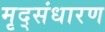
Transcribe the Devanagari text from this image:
मृद्‌संधारण